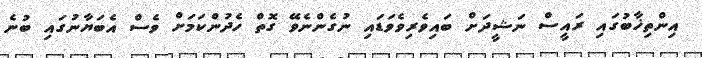
އިންތިޚާބުގައި ރައީސް ނަޝީދަށް ބައިވެރިވެވަޑައި ނުގެންނެވޭ ގޮތް ހެދުންކަމަށް ވެސް އެބަޔާނުގައި ބުނެ